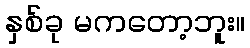
နှစ်ခု မကတော့ဘူး။